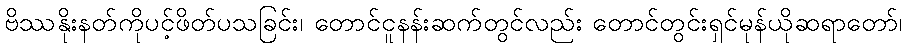
ဗိဿနိုးနတ်ကိုပင့်ဖိတ်ပသခြင်း၊ တောင်ငူနန်းဆက်တွင်လည်း တောင်တွင်းရှင်မုန်ယိုဆရာတော်၊